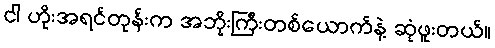
ငါ ဟိုးအရင်တုန်းက အဘိုးကြီးတစ်ယောက်နဲ့ ဆုံဖူးတယ်။